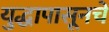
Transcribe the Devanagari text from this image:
युद्धापासूनचे